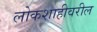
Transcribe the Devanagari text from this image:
लोकशाहीवरील